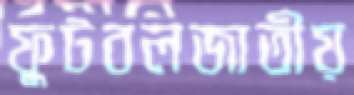
ফুটবলজাতীয়